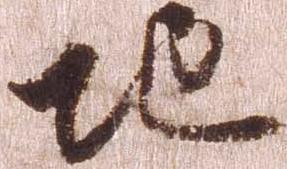
地